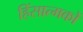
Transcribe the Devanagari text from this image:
हिंसात्मकों